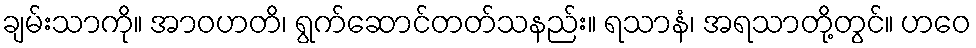
ချမ်းသာကို။ အာဝဟတိ၊ ရွက်ဆောင်တတ်သနည်း။ ရသာနံ၊ အရသာတို့တွင်။ ဟဝေ